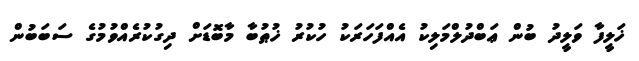
ޚަލީފާ ވަލީދު ބުން ޢަބްދުލްމަލިކު އެއްފަހަރަކު ހުކުރު ޚުޠުބާ މާބޮޑަށް ދިގުކުރެއްވުމުގެ ސަބަބުން